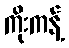
ကိုးကန့်